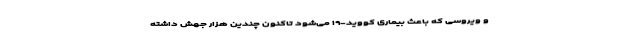
و ویروسی که باعث بیماری کووید-۱۹ می‌شود تاکنون چندین هزار جهش داشته